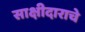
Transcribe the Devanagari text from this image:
साक्षीदाराचे